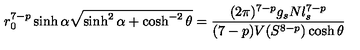
r _ { 0 } ^ { 7 - p } \sinh \alpha \sqrt { \sinh ^ { 2 } \alpha + \cosh ^ { - 2 } \theta } = \frac { ( 2 \pi ) ^ { 7 - p } g _ { s } N l _ { s } ^ { 7 - p } } { ( 7 - p ) V ( S ^ { 8 - p } ) \cosh \theta }